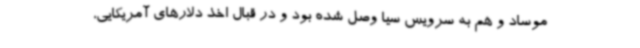
موساد و هم به سرویس سیا وصل شده بود و در قبال اخذ دلارهای آمریکایی،